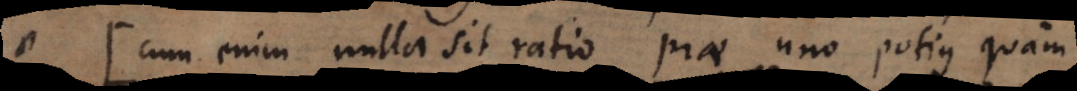
(: Cum enim nulla sit ratio prae uno potius quam